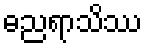
ဓညရာသိဿ